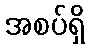
အစပ်ရှိ